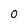
Character: 0